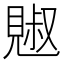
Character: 𧡕